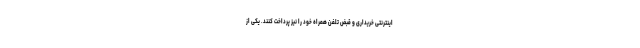
اینترنتی خریداری و قبض تلفن همراه خود را نیز پرداخت کنند. یکی از